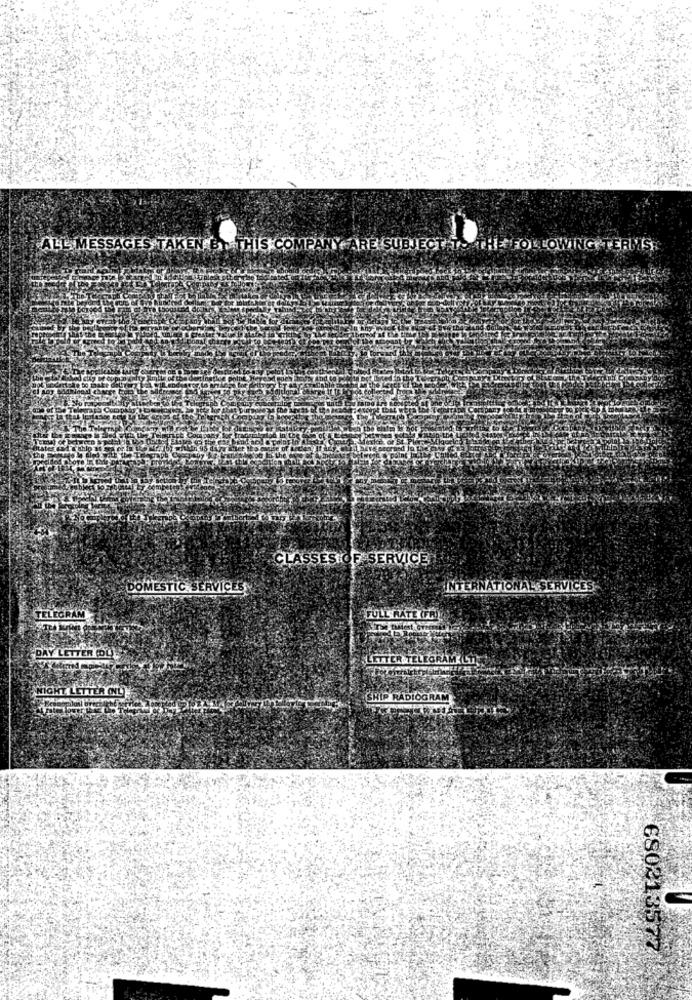
ALL MESSAGES TAKEN BY THIS COMPANY ARE SUBJECT TO THE FOLLOWING TERMS.
CLASSES OF SERVICE
DOMESTIC SERVICES
INTERNATIONAL SERVICES
TELEGRAM
FULL RATE (FR)
DAY LETTER (DL)
LETTER TELEGRAM LT
NIGHT LETTER ONE
SHIP RADIOGRAM
680213577